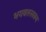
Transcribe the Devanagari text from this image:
भगवतस्वरूप